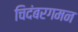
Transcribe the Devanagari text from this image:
चिदंबरगमन